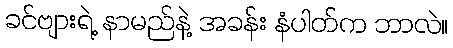
ခင်ဗျားရဲ့ နာမည်နဲ့ အခန်း နံပါတ်က ဘာလဲ။